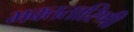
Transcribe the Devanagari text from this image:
भक्ततारिणी